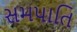
સમપાતિ